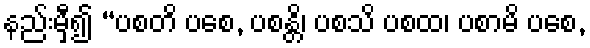
နည်းမှီ၍ “ပစတိ ပစေ, ပစန္တိ၊ ပစသိ ပစထ၊ ပစာမိ ပစေ,